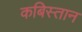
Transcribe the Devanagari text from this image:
कबिस्तान